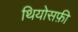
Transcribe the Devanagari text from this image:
थियोसफ़ी